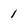
Character: 1